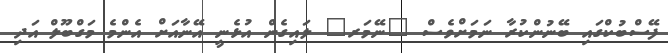
ފޭސްބުކްގައި ބޭނުންކުރާ ނަމަށްވެސް "ނޭމަރ" ލައިގެން އުޅެނީ އޭނާއަށް އެންމެ މަގްބޫލް އަދި